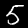
Label: 5